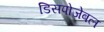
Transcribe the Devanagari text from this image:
डिसपोजेबल